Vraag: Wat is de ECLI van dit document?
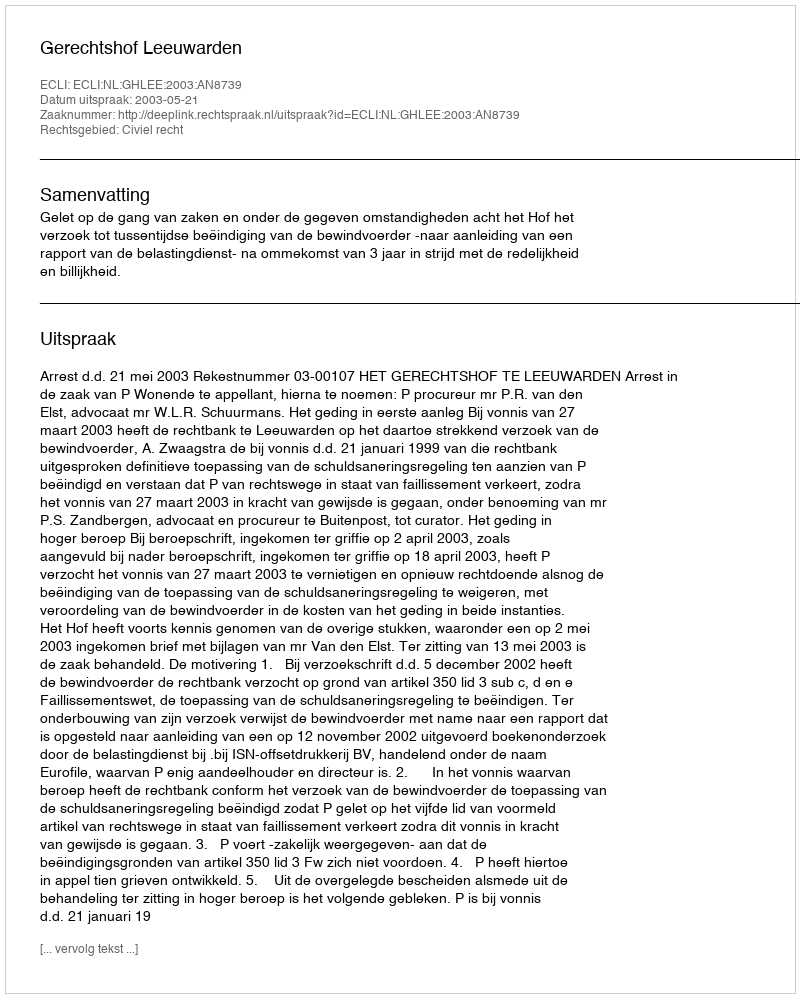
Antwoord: ECLI:NL:GHLEE:2003:AN8739